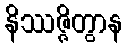
နိဿဇ္ဇိတွာန